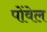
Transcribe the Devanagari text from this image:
पोंवेल